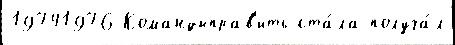
19741976 Командыправ'ить ста́ла получа́л